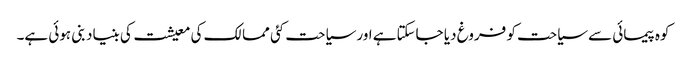
کوہ پیمائی سے سیاحت کو فروغ دیا جاسکتاہے اور سیاحت کئی ممالک کی معیشت کی بنیاد بنی ہوئی ہے۔